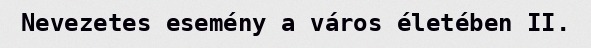
Nevezetes esemény a város életében II.